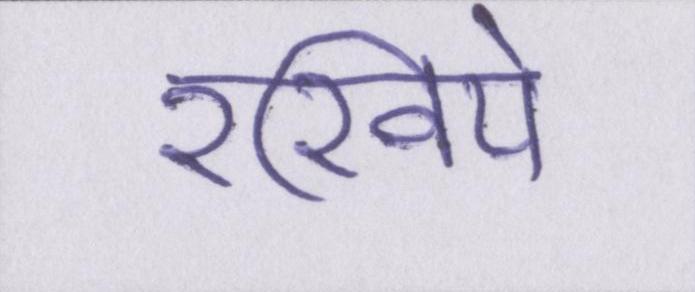
रखिये